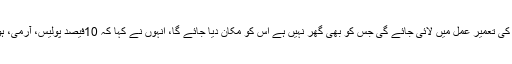
ضلع ورنگل میں 30ہزار ڈبل بیڈروم مکانات کی تعمیر عمل میں لائی جائے گی جس کو بھی گھر نہیں ہے اس کو مکان دیا جائے گا، انہوں نے کہا کہ 10فیصد پولیس، آرمی، ہوم گارڈ، سابق سینک کو محفوظ کیا جائے گا۔